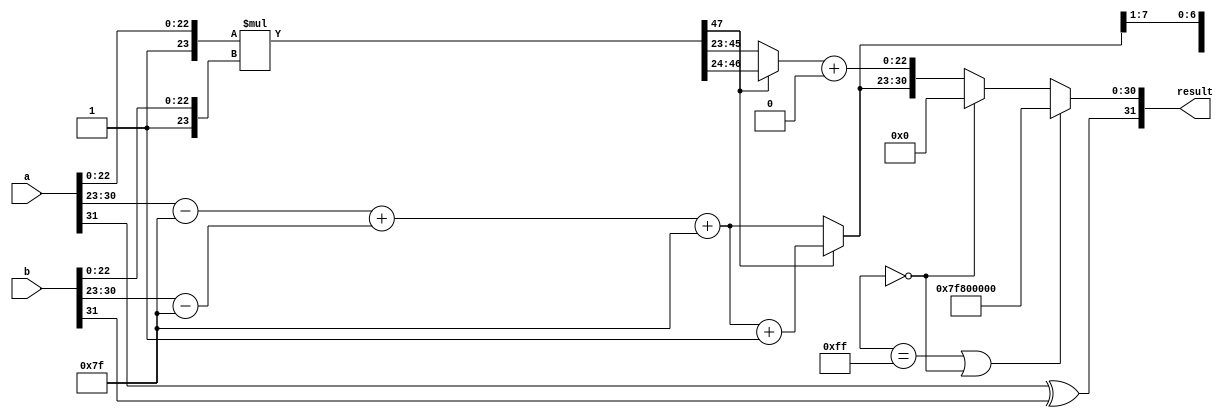
module fp_multiplier (
    input [31:0] a, // First operand
    input [31:0] b, // Second operand
    output reg [31:0] result // Result of multiplication
);

    // IEEE 754 components
    wire sign_a = a[31]; // sign bit of a
    wire sign_b = b[31]; // sign bit of b
    wire [7:0] exp_a = a[30:23]; // exponent of a
    wire [7:0] exp_b = b[30:23]; // exponent of b
    wire [22:0] mant_a = a[22:0]; // mantissa of a
    wire [22:0] mant_b = b[22:0]; // mantissa of b

    // Sign calculation
    wire sign_result = sign_a ^ sign_b;

    // Exponent calculation
    wire [8:0] exp_a_adjusted = {1'b0, exp_a} - 9'd127; // Adjust exponent of a
    wire [8:0] exp_b_adjusted = {1'b0, exp_b} - 9'd127; // Adjust exponent of b
    wire [8:0] exp_result = exp_a_adjusted + exp_b_adjusted + 9'd127; // Add adjusted exponents and bias

    // Mantissa multiplication
    wire [47:0] mantissa_a = {1'b1, mant_a}; // Extend mantissa a (adding implicit leading 1)
    wire [47:0] mantissa_b = {1'b1, mant_b}; // Extend mantissa b (adding implicit leading 1)
    wire [47:0] mantissa_result = mantissa_a * mantissa_b; // Multiply mantissas

    // Normalization
    reg [47:0] mantissa_normalized;
    reg [7:0] exp_final;
    reg normalized;

    always @* begin
        // Check if the result is normalized
        if (mantissa_result[47]) begin
            mantissa_normalized = mantissa_result[46:24]; // Already normalized, take 24 MSBs
            exp_final = exp_result + 1; // Increment exponent
        end else begin
            mantissa_normalized = mantissa_result[45:23]; // Shift right (not normalized)
            exp_final = exp_result; // Exponent remains the same
        end
        normalized = (exp_final[8:1] == 8'hFF) || (exp_final[8:1] == 8'h00); // Check for overflow/underflow
    end

    // Rounding (simple round to nearest)
    wire [22:0] mantissa_rounded = mantissa_normalized[22:0] + (mantissa_normalized[23] ? 1 : 0);
    
    // Assemble the result
    always @* begin
        if (normalized) begin
            result = {sign_result, 8'hFF, 23'b0}; // Overflow case (set to Inf)
        end else if (exp_final[8:1] == 8'h00) begin
            result = {sign_result, 8'b0, 23'b0}; // Underflow case (set to 0)
        end else begin
            result = {sign_result, exp_final[7:0], mantissa_rounded[22:0]}; // Final result
        end
    end

endmodule